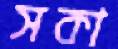
সকা